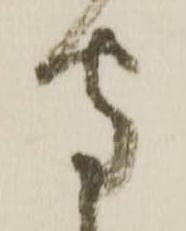
守